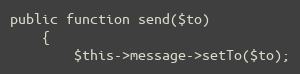
Language: PHP
public function send($to)
    {
        $this->message->setTo($to);